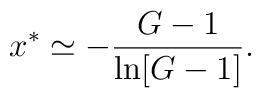
x^{*}\simeq-{G-1\over\ln[G-1]}.